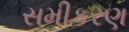
સમીકરણ